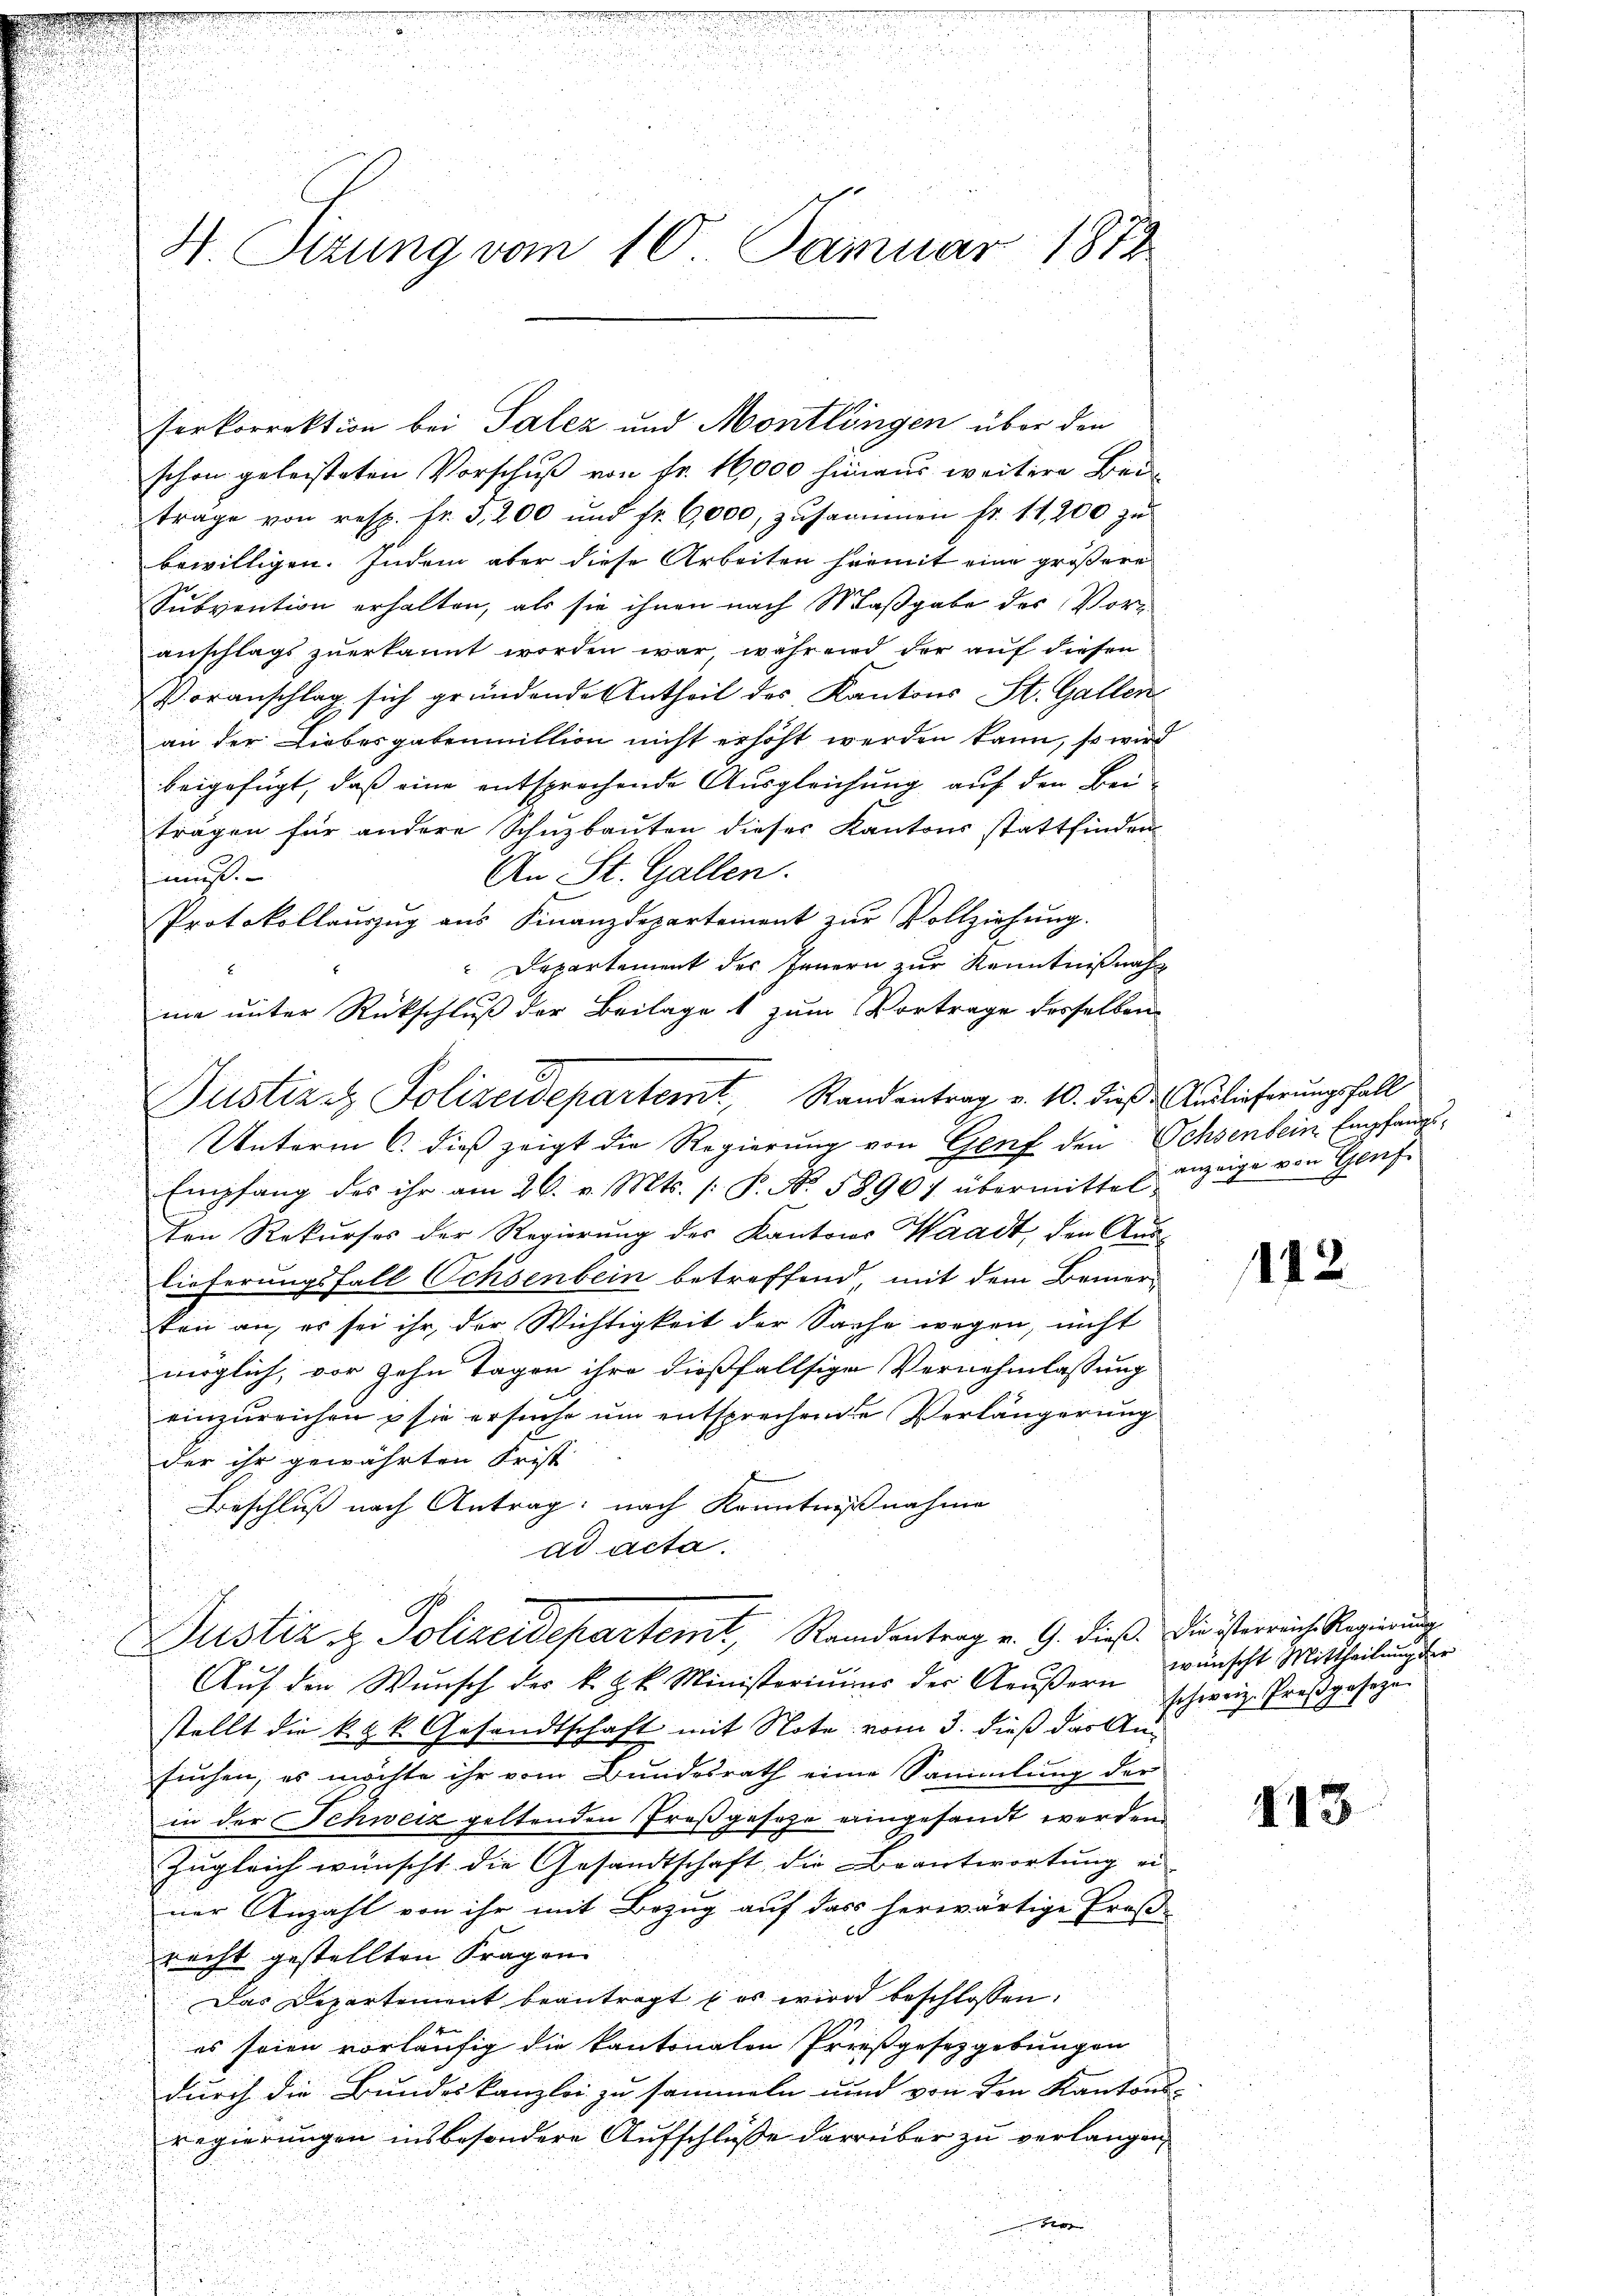
serkorrektion bei Salez und Montlingen über den
schon geleisteten Vorschuß von Fr. 16,000 hinaus weitere Bei-
trage von resp. fr. 3,200 und fr. 6,000, zusammen fr. 11,200 zŭ
bewilligen. Indem aber diese Arbeiten hiemit eine größere
Subvention erhalten, als sie ihnen nach Maßgabe des Voranschlags zuerkannt worden war, während der auf diesen
Voranschlag sich gründende Entheil des Kantons St. Gallen
an der Liebesgabenmittion nicht erhöht werden kann, so wird
beigefügt, daß eine entsprechende Ausgleichung auf den Beiträgen für andere Schuzbauten dieses Kantons stattfinden
An St. Gallen.
muß.
Protokollauszug aus Finanzdepartement zŭr Vollziehŭng.
Departement des Innern zur Kenntnißnah
Unterm 6. dieß zeigt die Regierung von Genf den Ochsenbein Empfangs¬
Empfang des ihr am 26. v. Mts. /: P. No. 58907 übermittel-
ten Rekurses der Regierung des Kantons Waadt, den Auslieferungsfall Ochsenbein betreffend, mit dem Bemer-
ten an, es sei ihr der Wichtigkeit der Sache wegen, nicht
möglich, vor zehn Tagen ihre dießfallsige Vernehmlassung
einzureichen u sie ersuche um entsprechenden Verlängerung
der ihr gewährten Frist
.
.
Beschluß nach Antrag: nach Kenntnißnahme
.
2

ad acta.
Justiz & Polizeidepartemt, Rendentrag v. G. dieß. Die österreich Regierung
Auf den Wunsch des k. k. k. Ministeriums der Aeußern
stellt die k. k. k. Gesandtschaft mit Note vom 3. dieß das Ansuchen, es möchte ihr vom Bundesrath eine Sammlung der
in der Schweiz geltenden Großgesehe eingesandt werden
Zugleich wünscht die Gesandtschaft die Beantwortung ei
ner Anzahl von ihr mit Bezug auf das herwärtige Proß-
recht gestellten Fragen
Das Departement beantragt es wird beschlossen:
es seien vorläufig die kantonalen Prießgesetzgebungen
durch die Bundeskanzlei zu sammeln und von den Kantons-
regierungen insbesondere Aufschlüße darüber zu verlangen,
B

H. Sizung vom 10. Januar 1872

ma unter Rückschluß der Beilages zum Vortrage desselben
Justiz & Polizeidepartemt, Randentrag v. 10. dieß. Auslieferungsfall

anzeige von Genf.

112

wünscht Mittheilung der
schweiz. Prosgesage.

443